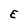
Character: E